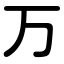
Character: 万